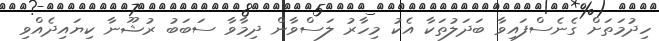
ހިދުމަތަށް ގެނެސްފައިވާ ބަދަލުތަކާ އެކު މިހާރު ލަސްވާން ދިމާވާ ސަބަބު ރުޝޫނާ ކިޔައިދެއްވި